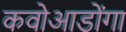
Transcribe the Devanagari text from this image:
कवोआडोंगा